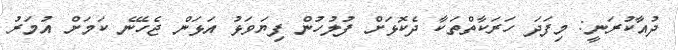
ދުއާކުރަނީ: މިފަދަ ހަރަކާތްތަކާ ދެކޮޅަށް ފުލުހުން ފިޔަވަޅު އަޅަން ޖެހޭނެ ކަމަށް އުމަރު